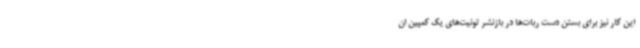
این کار نیز برای بستن دست ربات‌ها در بازنشر توئیت‌های یک کمپین ان